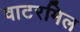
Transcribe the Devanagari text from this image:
वाटरमिल